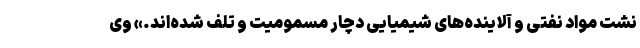
نشت مواد نفتی و آلاینده‌های شیمیایی دچار مسمومیت و تلف شده‌اند.» وی